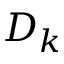
D _ { k }